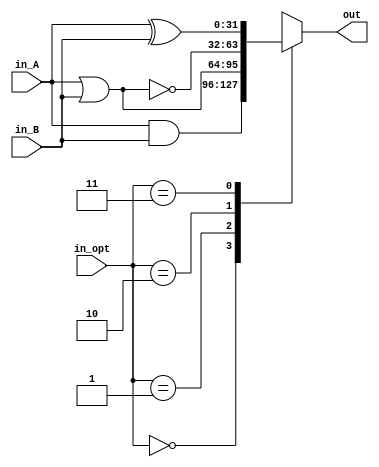
`timescale 1ns/1ps
module logic_op #(parameter WIDTH = 32) (
input [WIDTH-1:0] in_A, in_B,
input [1:0] in_opt, 
output reg [WIDTH -1:0] out);

	always @(*) begin
		casez(in_opt)
		2'b00: out = in_A & in_B;
		2'b01: out = in_A | in_B;
		2'b10: out = ~(in_A | in_B);
		2'b11: out = in_A ^ in_B;
		endcase
	end
endmodule